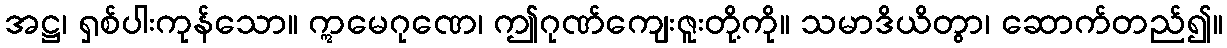
အဋ္ဌ၊ ရှစ်ပါးကုန်သော။ ဣမေဂုဏေ၊ ဤဂုဏ်ကျေးဇူးတို့ကို။ သမာဒိယိတွာ၊ ဆောက်တည်၍။